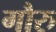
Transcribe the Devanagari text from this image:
गौरु